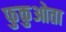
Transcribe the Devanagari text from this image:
फुकुओता